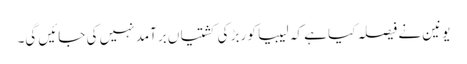
یونین نے فیصلہ کیا ہے کہ لیبیا کو ربڑ کی کشتیاں برآمد نہیں کی جائیں گی۔